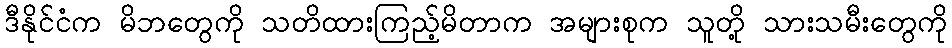
ဒီနိုင်ငံက မိဘတွေကို သတိထားကြည့်မိတာက အများစုက သူတို့ သားသမီးတွေကို